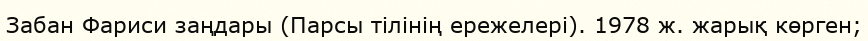
Забан Фариси заңдары (Парсы тілінің ережелері). 1978 ж. жарық көрген;